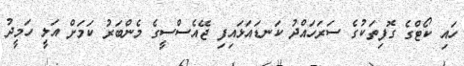
ހައި ކޯޓްގެ ގޮފިތަކުގެ ސަރަހައްދު ކަނޑައަޅައިފި ޖޭއެސްސީގެ މެންބަރު ކަމަށް އަލީ ހަމީދު